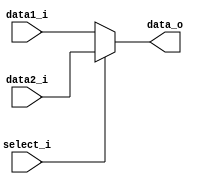
module MUX32(
    input  [31:0] data1_i,
    input  [31:0] data2_i,
    input  select_i,
    output [31:0] data_o
);

assign data_o = select_i ? data2_i : data1_i;
endmodule

module MUX32W(
    input  MemtoReg,
    input  [31:0] ALU_result,
    input  [31:0] read_data,
    output [31:0] data_o
);

assign data_o = MemtoReg ? read_data : ALU_result;
endmodule

// Forward A B
module MUX32_Forward (
    input [1:0]  Forward_i,
    input [31:0] ID_EX_rs_data_i, //00
    input [31:0] EX_MEM_ALU_result_i, // 10
    input [31:0] write_data_i, // 01
    output [31:0] data_o
);
assign data_o = Forward_i[1] ?
                (Forward_i[0] ? 32'bx : EX_MEM_ALU_result_i) :
                (Forward_i[0] ? write_data_i : ID_EX_rs_data_i) ;
endmodule

module MUX32_PC (
    input zero_i,
    input [31:0] PC_i,
    input [31:0] Branch_address_i,
    output [31:0] data_o
);
assign data_o = (zero_i) ? Branch_address_i : PC_i;
// always @(*) begin
    // $display ("zero PC: %b", zero_i);
    // $display ("data out PC: %b", data_o);
    // $display ("PC_i: %b", PC_i);
    // $display ("branch_addr: %b", Branch_address_i);
// end
endmodule